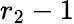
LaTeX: r_{2}-1